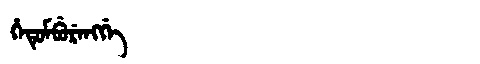
Manchu: ᡥᡝᡨᡠᠮᠪᡠᡵᡝᠩᡤᡝ
Romanization: HETUMBURENGGE